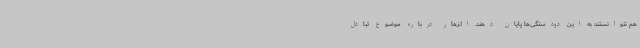
هم نتوانستند به این دودستگی‌ها پایان دهند. الزهار درباره موضوع تبادل